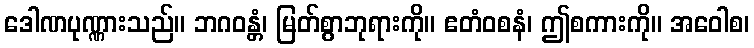
ဒေါဏပုဏ္ဏားသည်။ ဘဂဝန္တံ၊ မြတ်စွာဘုရားကို။ ဧတံဝစနံ၊ ဤစကားကို။ အဝေါစ၊